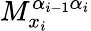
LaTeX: M_{x_{i}}^{\alpha_{i-1}\alpha_{i}}